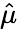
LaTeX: \textstyle{\hat{\mu}}